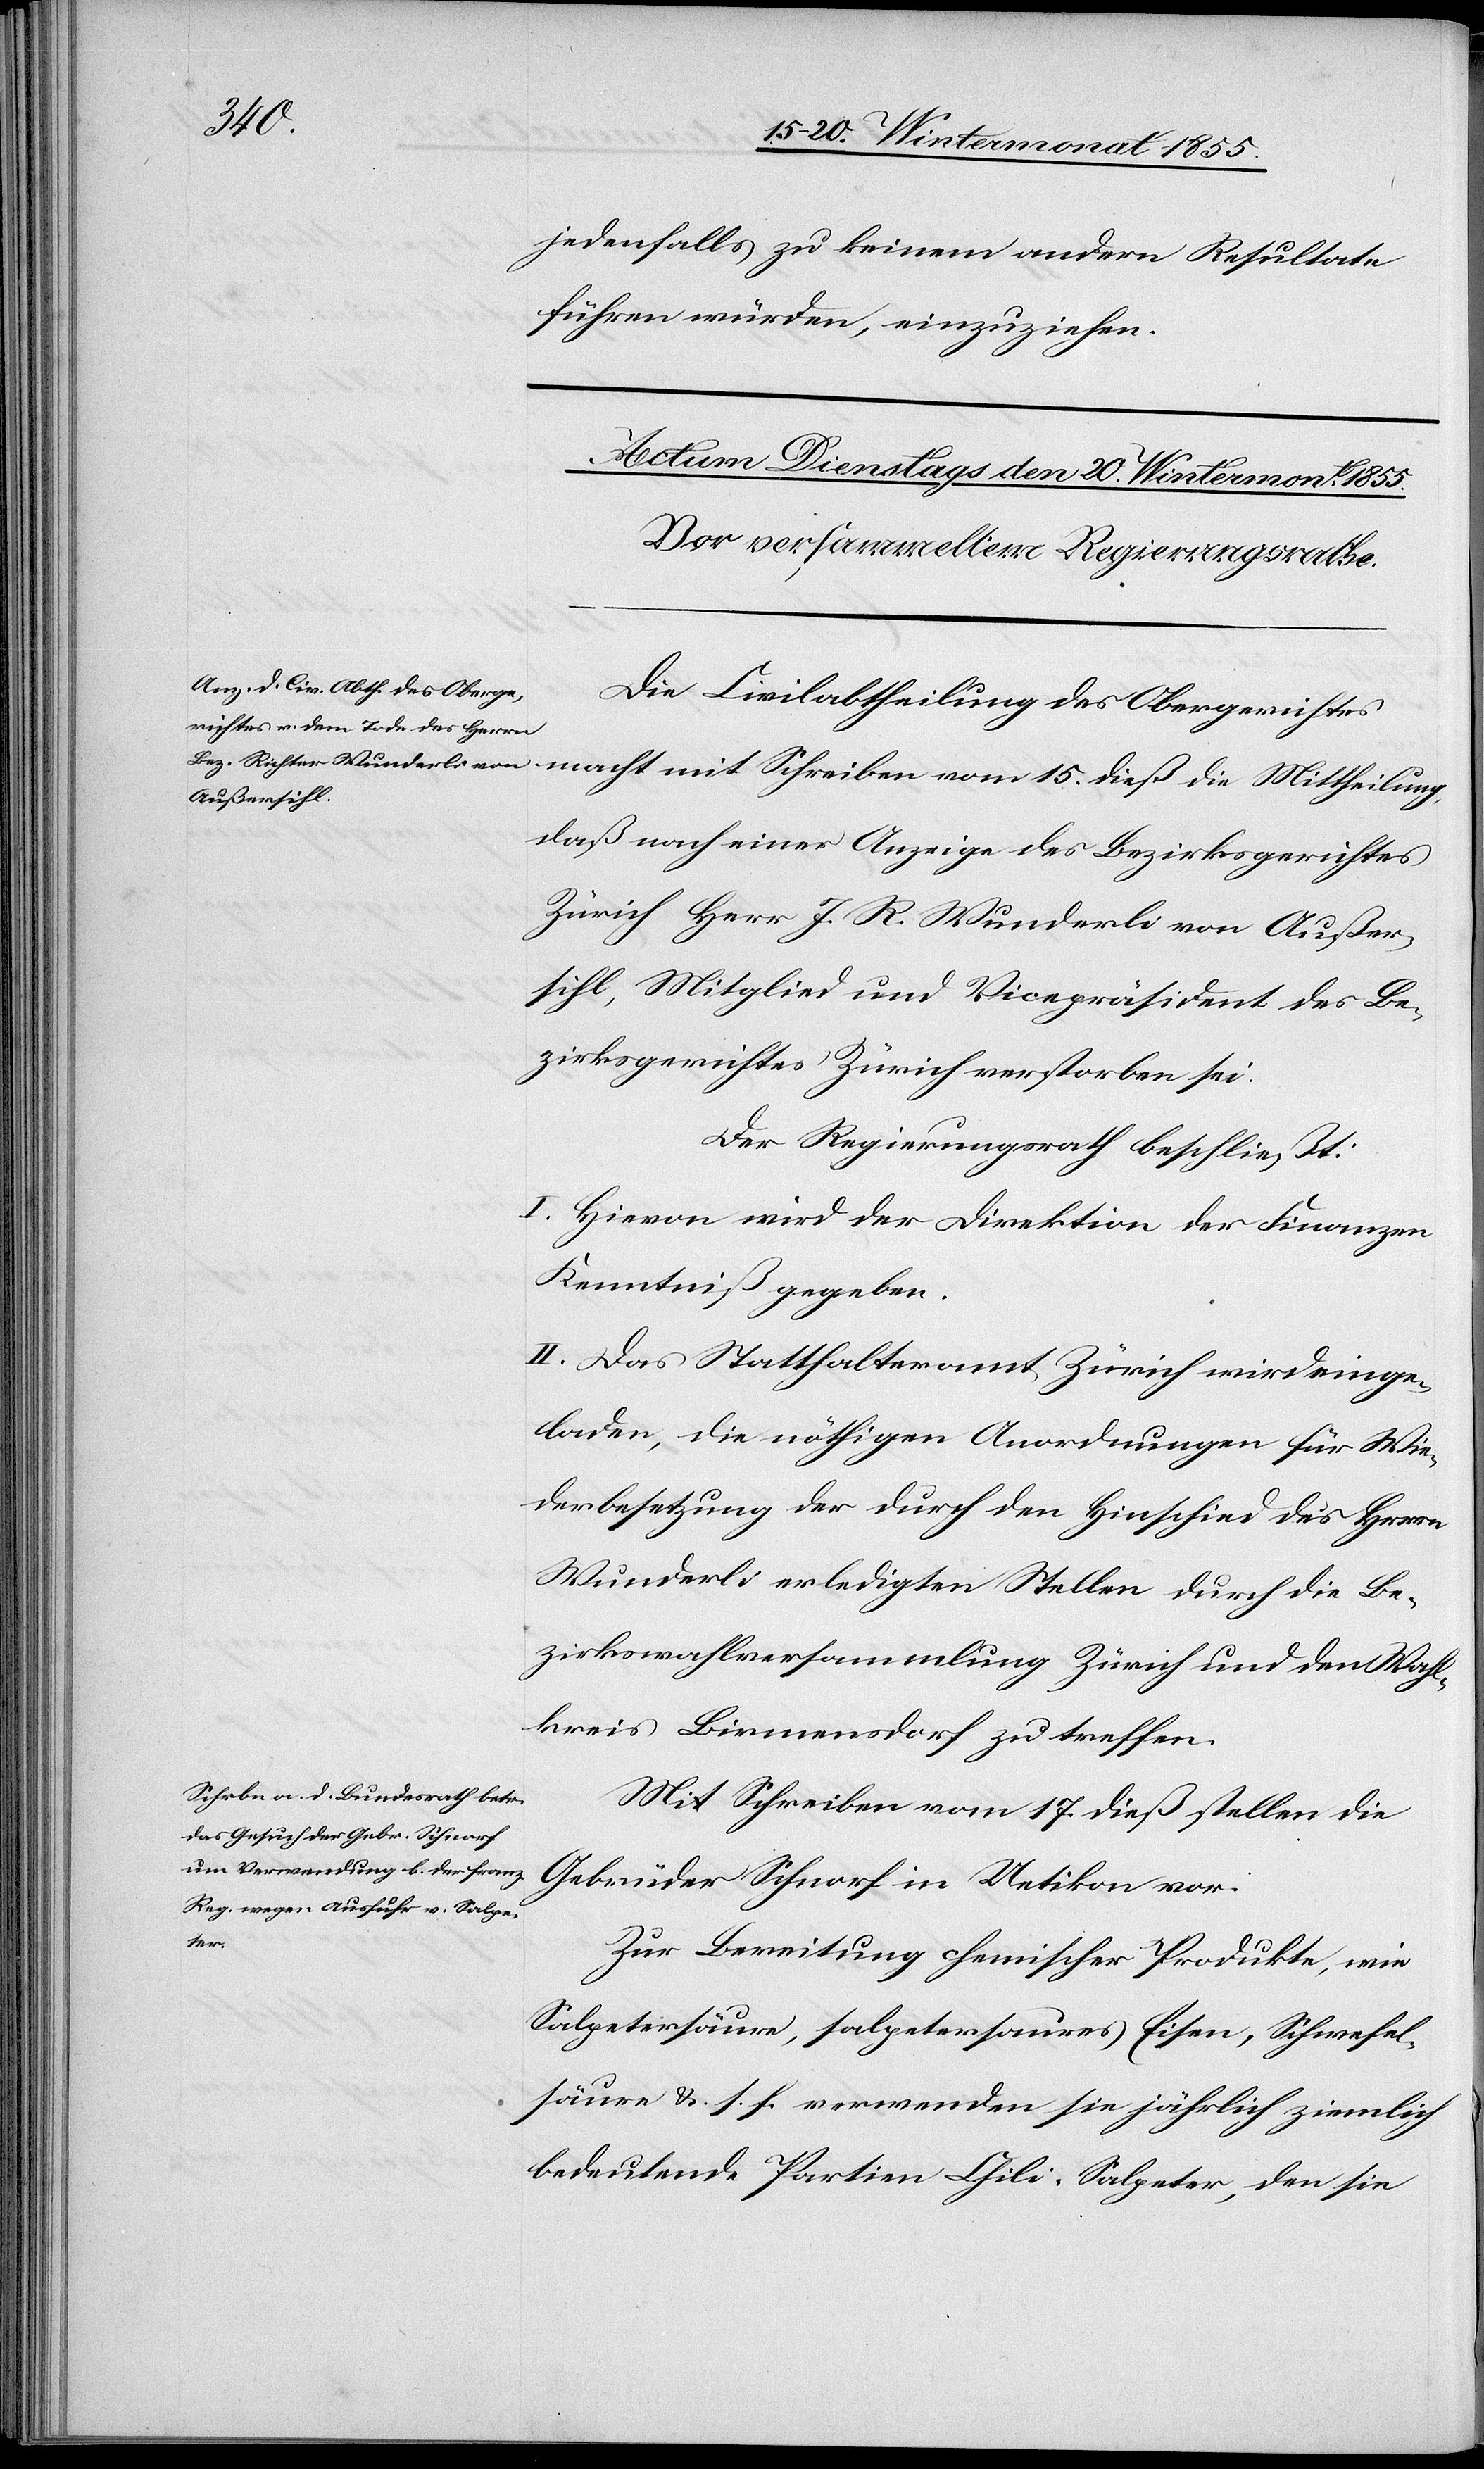
jedenfalls zu keinem andern Resultate
führen würden, einzuziehen.
Die Civilabtheilung des Obergerichtes
macht mit Schreiben vom 15. dieß die Mittheilung,
daß nach einer Anzeige des Bezirksgerichtes
Zürich Herr J. R. Wunderli von Außer¬
sihl, Mitglied und Vicepräsident des Be¬
zirksgerichtes Zürich verstorben sei.
Der Regierungsrath beschließt:
I. Hievon wird der Direktion der Finanzen
Kenntniß gegeben.
II. Das Statthalteramt Zürich wird einge¬
laden, die nöthigen Anordnungen für Wie¬
derbesetzung der durch den Hinschied des Herrn
Wunderli erledigten Stellen durch die Be¬
zirkswahlversammlung Zürich und den Wahl¬
kreis Birmensdorf zu treffen.
Mit Schreiben vom 17. dieß stellen die
Gebrüder Schnorf in Uetikon vor:
Zur Bereitung chemischer Produkte, wie
Salpetersäure, salpetersaures Eisen, Schwefel¬
säure &. s. f. verwenden sie jährlich ziemlich
bedeutende Partien Chili-Salpeter, den sie